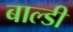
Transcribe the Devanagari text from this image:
बाल्डी